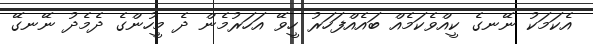
އެކަމަކު ނޭނގެ ކީއްވެކަމެއް ބައެއްފަހަރު ހީވޭ އަހަރުމެން ދެ މީހުންގެ ދެމެދު ނޭނގޭ